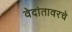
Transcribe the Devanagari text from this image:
वेदांतावरचे